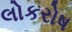
લોકરોષ